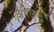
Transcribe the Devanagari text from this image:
अंपलप्पुष